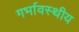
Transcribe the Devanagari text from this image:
गर्भावस्थीय